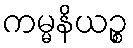
ကမ္မနိယဉ္စ